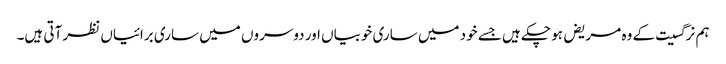
ہم نرگسیت کے وہ مریض ہو چکے ہیں جسے خود میں ساری خوبیاں اور دوسروں میں ساری برائیاں نظر آتی ہیں۔